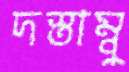
দস্তাম্বু